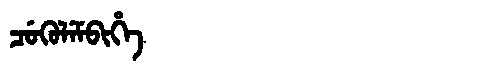
Manchu: ᠴᡠᡴᡠᠯᡝᠮᠪᡳᡥᡝ
Romanization: CUKULEMBIHE